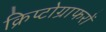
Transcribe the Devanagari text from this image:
क्रिप्टोग्राफरों